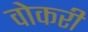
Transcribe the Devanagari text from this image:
वोकरी